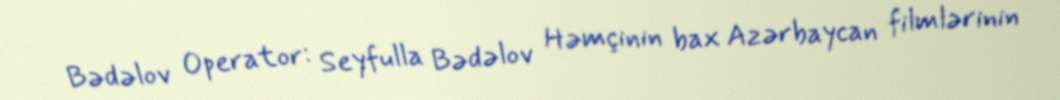
Bədəlov Operator: Seyfulla Bədəlov Həmçinin bax Azərbaycan filmlərinin